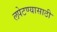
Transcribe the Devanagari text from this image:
लपेटण्यासाठी